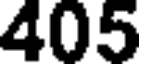
405